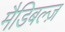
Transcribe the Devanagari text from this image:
मैडिबल्ज़